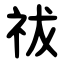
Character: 祓